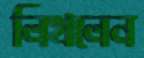
লিখলেন